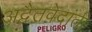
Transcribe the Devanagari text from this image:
अद्वैतवेदांती